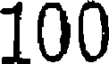
100